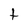
Character: t